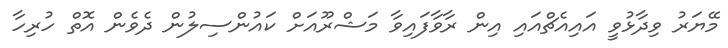
މޭޔަރު ވިދާޅުވީ އައިއެޗްއައި އިން ރާވާފައިވާ މަޝްރޫއަށް ކައުންސިލުން ދެވެން އޮތް ހުރިހާ